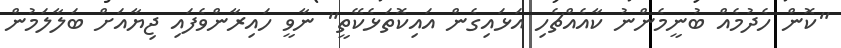
"ކޮން ހެދުމެއް ބުނީމެންނު ކާއެއްޗެހި އަޅައިގެން އައިކޮތަޅެކޭތީ" ނާވީ ހައިރާންވެފައި ޖިޔާއަށް ބަލާލަމުން